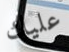
عليك